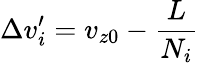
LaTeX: \Delta v_{i}^{\prime}=v_{z0}-\frac{L}{N_{i}}